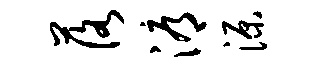
落溽源